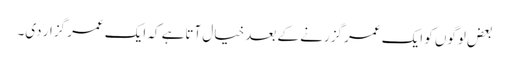
بعض لوگوں کو ایک عمر گزرنے کے بعد خیال آتاہے کہ ایک عمر گزار دی۔